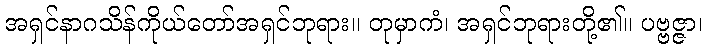
အရှင်နာဂသိန်ကိုယ်တော်အရှင်ဘုရား။ တုမှာကံ၊ အရှင်ဘုရားတို့၏။ ပဗ္ဗဇ္ဇာ၊